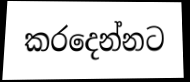
කරදෙන්නට